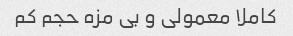
کاملا معمولی و بی مزه حجم کم